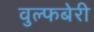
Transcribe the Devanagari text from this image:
वुल्फबेरी